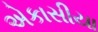
એકાસીયા